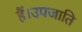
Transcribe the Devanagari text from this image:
हैं।उपजाति